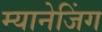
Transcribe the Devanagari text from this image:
म्यानेजिंग